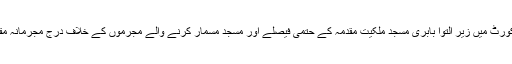
سب کی نظریں سپریم کورٹ میں زیر التوا بابری مسجد ملکیت مقدمہ کے حتمی فیصلے اور مسجد مسمار کرنے والے مجرموں کے خلاف درج مجرمانہ مقدمات پر ٹکی ہوئی ہیں۔